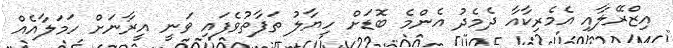
އިޒްރޭލާއި އެމެރިކާއާ ދެމެދު އެންމެ ބޮޑަށް ހިޔާލު ތަފާތުވެފައި ވަނީ އީރާނަށް ހަމަލާއެއް